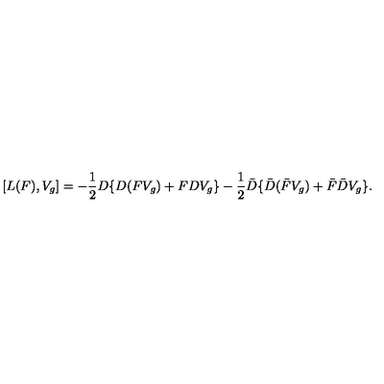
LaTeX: [ L ( F ) , V _ { g } ] = - \frac { 1 } { 2 } D \{ D ( F V _ { g } ) + F D V _ { g } \} - \frac { 1 } { 2 } \bar { D } \{ \bar { D } ( \bar { F } V _ { g } ) + \bar { F } \bar { D } V _ { g } \} .